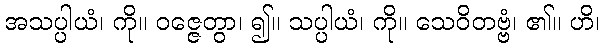
အသပ္ပါယံ၊ ကို။ ဝဇ္ဇေတွာ၊ ၍။ သပ္ပါယံ၊ ကို။ သေဝိတဗ္ဗံ၊ ၏။ ဟိ၊